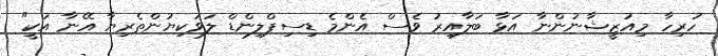
ހުރިހާ މިއުޒީޝާނުންނާ އަޅާ ބަލާއިރު ވެސް އެންމެ ޑިސިޕްލިންޑް ލަވަކިޔުންތެރިޔާ އޭނާ އަކީ"